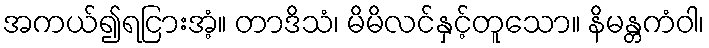
အကယ်၍ရငြားအံ့။ တာဒိသံ၊ မိမိလင်နှင့်တူသော။ နိမန္တကံဝါ၊